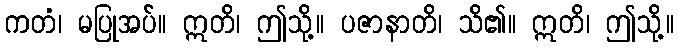
ကတံ၊ မပြုအပ်။ ဣတိ၊ ဤသို့။ ပဇာနာတိ၊ သိ၏။ ဣတိ၊ ဤသို့။